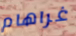
غراهام